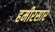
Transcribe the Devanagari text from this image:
हमीरसार